Annual vaccination report of Bihar and Orissa - 1911-1928
Year: 1911
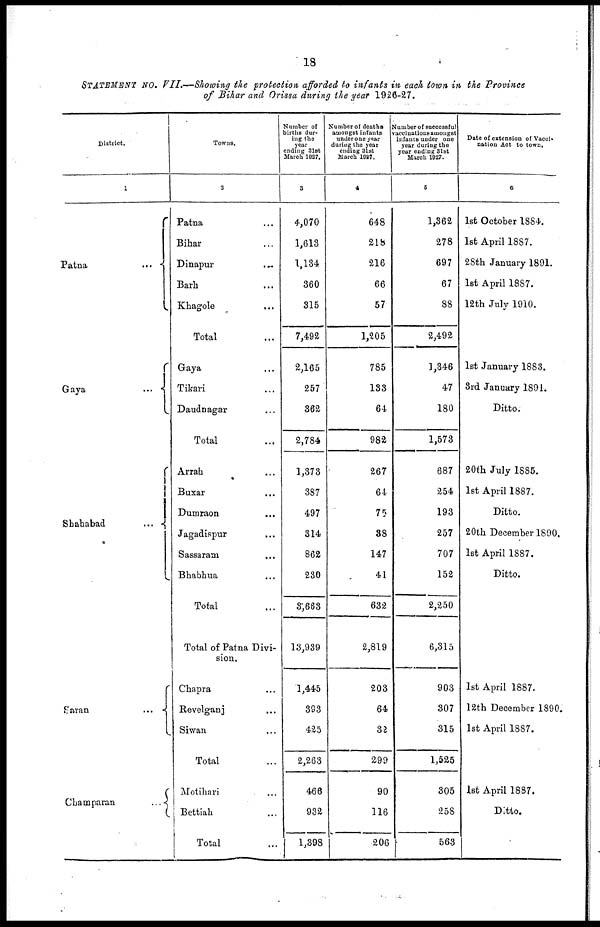
18
STATEMENT No. VII.—Showing the protection afforded to infants in each town in the Province
of Bihar and Orissa during the year 1926-27.
District.
1
Patna
...
Gaya
...
Shahabad
...
Saran
...
Champaran
...
Towns.
2
Patna ...
Bihar ...
Dinapur
...
Barh ...
Khagole ...
Total ...
Gaya ...
Tikari ...
Daudnagar ...
Total ...
Arrah ...
Buxar ...
Dumraon ...
Jagadispur ...
Sassaram ...
Bhabhua ...
Total ...
Total of Patna Divi-
sion.
Chapra ...
Revelganj ...
Siwan ...
Total ...
Motihari ...
Bettiah ...
Total ...
Number of
births dur-
ing the
year
ending 31st
March 1927.
3
4,070
1,613
1,134
360
315
7,492
2,165
257
362
2,784
1,373
387
497
314
862
230
3,663
13,939
1,445
393
425
2,263
466
932
1,398
Number of deaths
amongst infants
under one year
during the year
ending 31st
March 1927.
4
648
218
216
66
57
1,205
785
133
64
982
267
64
75
88
147
41
632
2,819
203
64
32
299
90
116
206
Number of successful
vaccinations amongst
infants under one
year during the
year ending 31st
March 1927.
5
1,362
278
697
67
88
2,492
1,346
47
180
1,573
687
254
193
257
707
152
2,250
6,315
903
307
315
1,525
305
258
563
Date of extension of Vacci-
nation Act to town.
6
1st October 1884.
1st April 1887.
28th January 1891.
1st April 1887.
12th July 1910.
1st January 1883.
3rd January 1891.
Ditto.
20th July 1885.
1st April 1887.
Ditto.
20th December 1890.
1st April 1887.
Ditto.
1st April 1887.
12th December 1890.
1st April 1887.
1st April 1887.
Ditto.